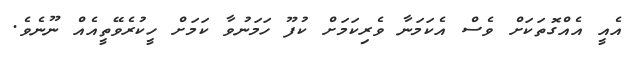
އެއީ އެއްގޮތަކަށް ވެސް އެކަމަނާ ވެރިކަމަށް ކުފޫ ހަމަނުވާ ކަމަށް ހީކުރެވޭތީއެއް ނޫނެވެ.